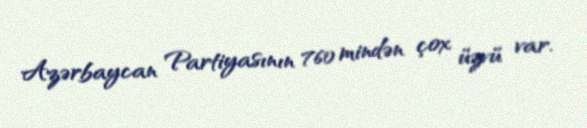
Azərbaycan Partiyasının 760 mindən çox üzvü var.